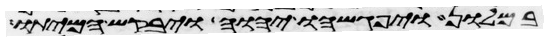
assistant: במלון ויפגשהו יהוה ויבקש המיתו